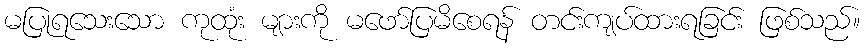
မပြုရသေးသော ကုထုံး များကို မဖော်ပြမိစေရန် တင်းကျပ်ထားရခြင်း ဖြစ်သည်။